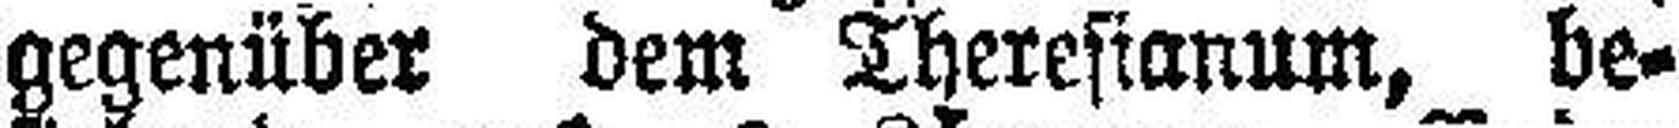
gegenüber dem Theresianum, be¬